Indian journal of veterinary science and animal husbandry - Volume 3,
Year: 1933
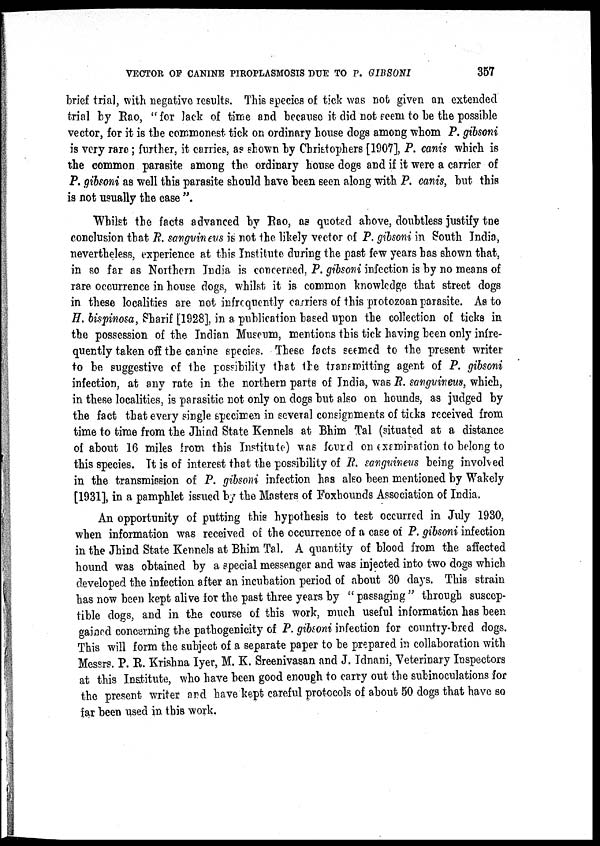
VECTOR OF CANINE PIROPLASMOSIS DUE TO P. GIBSONI
357
brief trial, with negative results. This species of tick was not given an extended
trial by Rao, " for lack of time and because it did not seem to be the possible
vector, for it is the commonest tick on ordinary house dogs among whom P. gibsoni
is very rare; further, it carries, as shown by Christophers [1907], P. canis which is
the common parasite among the ordinary house dogs and if it were a carrier of
P. gibsoni as well this parasite should have been seen along with P. canis, but this
is not usually the case ".
Whilst the facts advanced by Rao, as quotad above, doubtless justify tne
conclusion that R. sanguineus is not the likely vector of P. gibsoni in South India,
nevertheless, experience at this Institute during the past few years has shown that,
in so far as Northern India is concerned, P. gibsoni infection is by no means of
rare occurrence in house dogs, whilst it is common knowledge that street dogs
in these localities are not infrequently carriers of this protozoan parasite. As to
H. bispinosa, Sharif [1928], in a publication based upon the collection of ticks in
the possession of the Indian Museum, mentions this tick having been only infre-
quently taken off the canine species. These facts seemed to the present writer
to be suggestive of the possibility that the transmitting agent of P. gibsoni
infection, at any rate in the northern parts of India, was P. sanguineus, which,
in these localities, is parasitic not only on dogs but also on hounds, as judged by
the fact that every single specimen in several consignments of ticks received from
time to time from the Jhind State Kennels at Bhim Tal (situated at a distance
of about 16 miles from this Institute) was fourd on examination to belong to
this species. It is of interest that the possibility of R. sanguineus being involved
in the transmission of P. gibsoni infection has also been mentioned by Wakely
[1931], in a pamphlet issued by the Masters of Foxhounds Association of India.
An opportunity of putting this hypothesis to test occurred in July 1930,
when information was received of the occurrence of a case of P. gibsoni infection
in the Jhind State Kennels at Bhim Tal. A quantity of blood from the affected
hound was obtained by a special messenger and was injected into two dogs which
developed the infection after an incubation period of about 30 days. This strain
has now been kept alive for the past three years by " passaging " through suscep¬
tible dogs, and in the course of this work, much useful information has been
gained concerning the pathogenicity of P. gibsoni infection for country-bred dogs.
This will form the subject of a separate paper to be prepared in collaboration with
Messrs. P. R. Krishna Iyer, M. K. Sreenivasan and J. Idnani, Veterinary Inspectors
at this Institute, who have been good enough to carry out the subinoculations for
the present writer and have kept careful protocols of about 50 dogs that have so
far been used in this work.